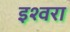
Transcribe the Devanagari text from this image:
इश्वरा